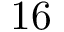
1 6